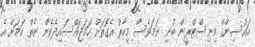
ހައުސިންގް މިނިސްޓްރީން ބުނި ނަމަވެސް މިހާރު އެގޮތަށް ހަމަޖައްސައިދެވެން ނެތް ކަމަށް އެ